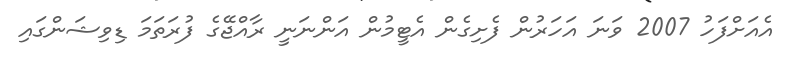
އެއަށްފަހު 2007 ވަނަ އަހަރުން ފެށިގެން އެޓީމުން އަންނަނީ ރާއްޖޭގެ ފުރަތަމަ ޑިވިޝަންގައި